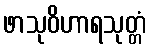
ဖာသုဝိဟာရသုတ္တံ